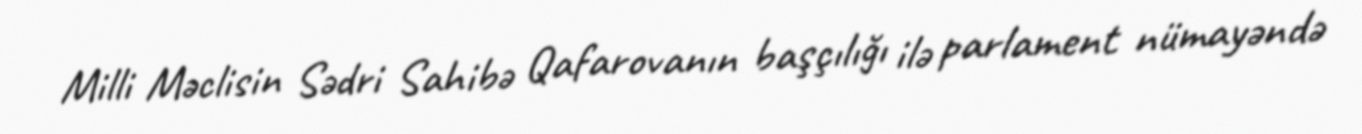
Milli Məclisin Sədri Sahibə Qafarovanın başçılığı ilə parlament nümayəndə